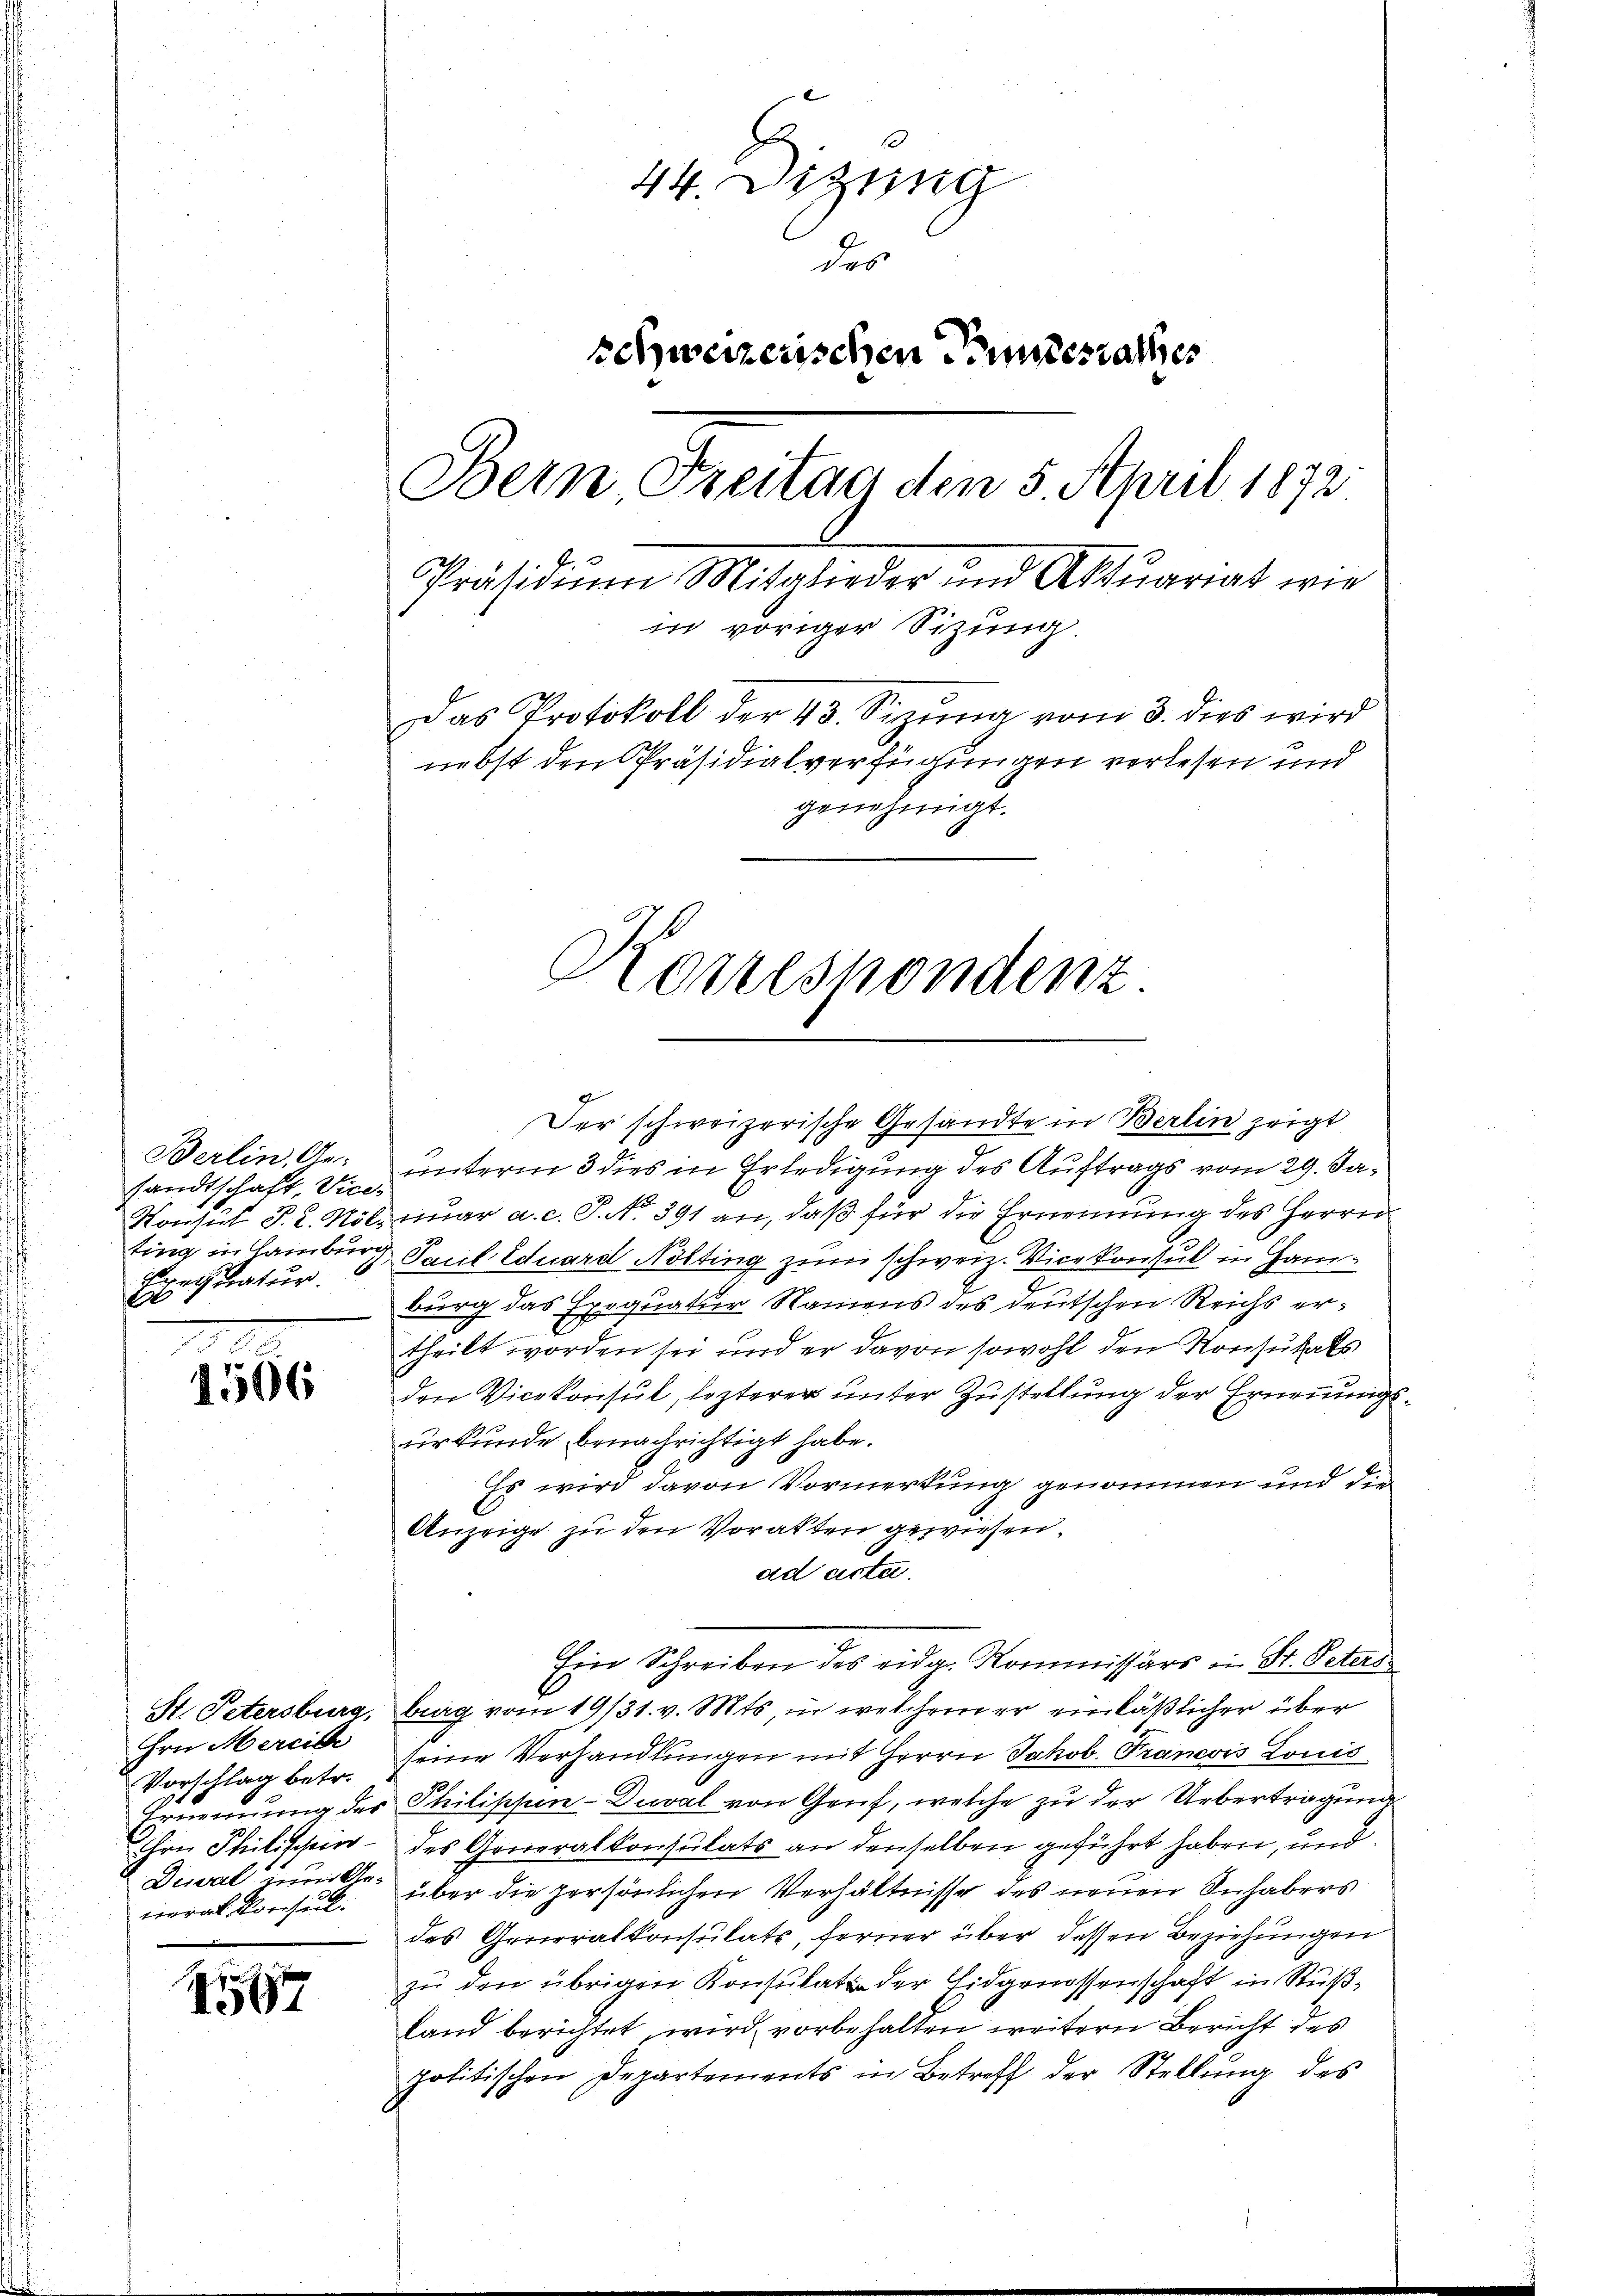
Berlin, Ge-
sandtschaft, Vice-
Prechnatur.
e

1506

Hrn. Mercice
Deval im Ge-

1147

44. Dizung
des
schweizerischen Bundesrathes
Bein Freitag den 5 April 1872
.
Präsidium Mitglieder und Aktuariat wie
in voriger Sizung.
Das Protokoll der 43. Sizŭng vom 3. dies wird
nebst den Präsidialverfügungen verlesen und
genehmigt.

Koalshondenz

Der schweizerische Gesandte in Berlin zeigt
unterm 3 dies in Erledigung des Auftrags vom 29. Ja¬
Konsul P. R. Nölznuar a. c. P. Nr. 391 an, daß für die Ernennung des Herrn
ting in Hamburg Paul Eduard Nötting zum schweiz. Vicekonsul in Hamburg das Exequatur Namens des deutschen Reichs ertheilt worden sei und er davon sowohl den Konsulats
den Vicekonsul, lezterer unter Zustellung der Ernennungsurkunde benachrichtigt habe.
Es wird davon Vormerkung genommen und die
Anzeige zu den Vorakten gewiesen.
ad acta.
Ein Schreiben des eidg. Kommissärs in St. Peters
St. Petersburg, burg vom 19/31. v. Mts, in welchem er einläßlicher über
Vorschlag betr. seine Verhandlungen mit Herrn Jakob. Francois Louis
Ernennung des Philippen-Duval von Gruf, welche zu der Uebertragung
ihre Philischen des Generalkonsulats an denselben geführt haben, und
neral Konsul. über die persönlichen Verhältnisse des neuen Inhabers
des Generalkonsulats, ferner über dessen Beziehungen
zu den übrigen Konsulat der Eidgenossenschaft in Ruß¬
Land berichtet, wird vorbehalten weitern Bericht des
politischen Departements in Betreff der Stellung des